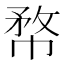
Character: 㡔